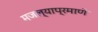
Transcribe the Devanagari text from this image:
मजल्याप्रमाणे